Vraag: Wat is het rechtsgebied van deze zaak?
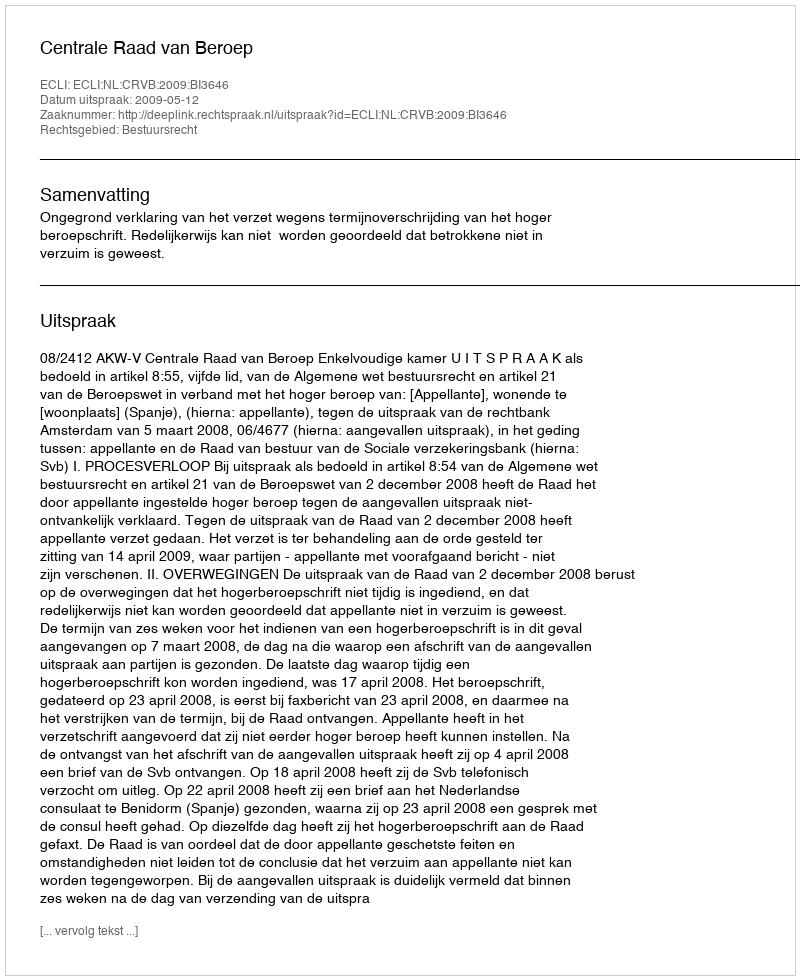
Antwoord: Bestuursrecht